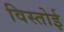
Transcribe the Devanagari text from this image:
विस्तोई